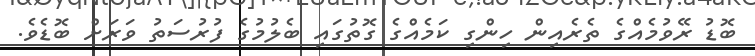
ބޮޑު ރޭވުމެއްގެ ތެރެއިން ހިންގި ކަމެއްގެ ގޮތުގައި ބެލުމުގެ ފުރުސަތު ވަރަށް ބޮޑެވެ.